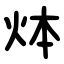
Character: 㶱